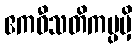
ဧကဝီသတိကပ္ပမှိ